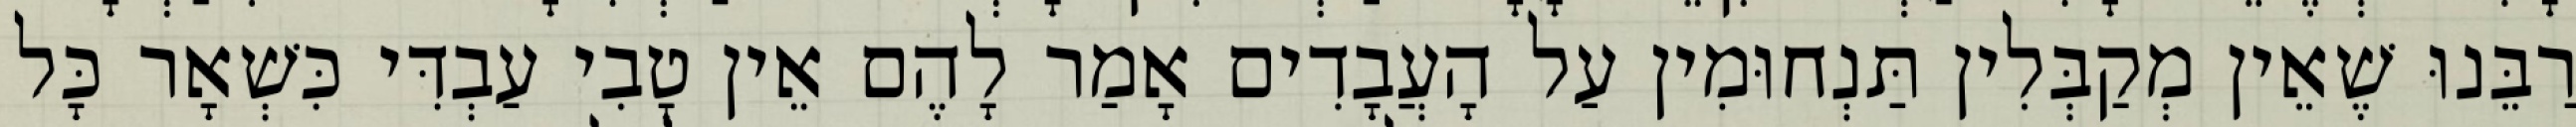
רַבֵּנוּ שֶׁאֵין מְקַבְּלִין תַּנְחוּמִין עַל הָעֲבָדִים אָמַר לָהֶם אֵין טָבִי עַבְדִּי כִּשְׁאָר כָּל